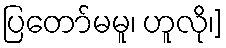
ပြတော်မမူ၊ ဟူလို၊]